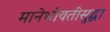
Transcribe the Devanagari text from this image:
मानेभोवतीसुद्धा